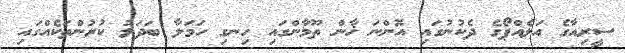
ސީރިއާގެ އަލެއްޕޯގެ ދެކުނުގައި އޮންނަ ޚާން ތޫމާންގައި ހިނގި ހަމަލާ ބަދަލު ކުރުންތަކެއްގައި